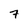
Character: 7